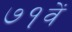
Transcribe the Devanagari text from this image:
७१वें